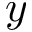
y